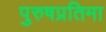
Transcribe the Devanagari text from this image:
पुरुषप्रतिमा